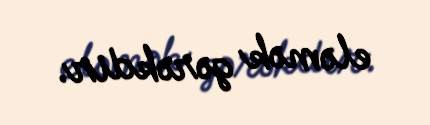
eləmək gərəkdir.